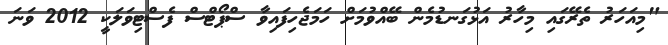
"މިއަހަރު ތެރޭގައި މިހާރު އަޅުގަނޑުމެން ބޭއްވުމަށް ހަމަޖެހިފައިވާ ސްޕޯޓްސް ފެސްޓިވަލަކީ 2012 ވަނަ